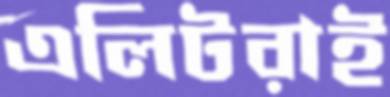
এলিটরাই